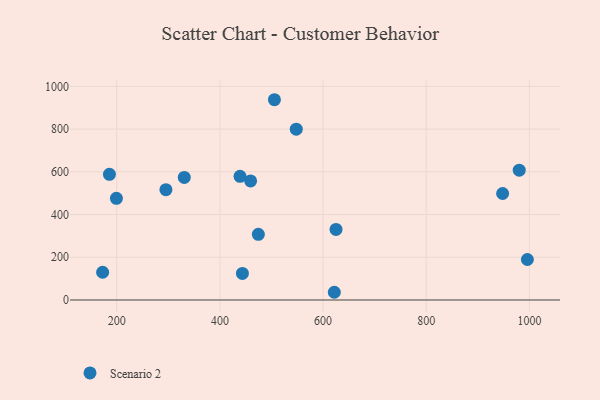
{"axis": {"x": "Investment", "y": "Salary"}, "legend": ["Scenario 2"], "data": [{"x": "199.3", "y": 475.8, "type": "Scenario 2"}, {"x": "548.0", "y": 799.4, "type": "Scenario 2"}, {"x": "185.8", "y": 588.2, "type": "Scenario 2"}, {"x": "996.1", "y": 189.6, "type": "Scenario 2"}, {"x": "621.8", "y": 36.1, "type": "Scenario 2"}, {"x": "330.9", "y": 573.9, "type": "Scenario 2"}, {"x": "295.3", "y": 516.5, "type": "Scenario 2"}, {"x": "980.3", "y": 607.7, "type": "Scenario 2"}, {"x": "172.6", "y": 129.8, "type": "Scenario 2"}, {"x": "505.7", "y": 937.5, "type": "Scenario 2"}, {"x": "625.1", "y": 330.4, "type": "Scenario 2"}, {"x": "948.1", "y": 498.6, "type": "Scenario 2"}, {"x": "443.6", "y": 124.3, "type": "Scenario 2"}, {"x": "459.5", "y": 557.5, "type": "Scenario 2"}, {"x": "474.5", "y": 307.5, "type": "Scenario 2"}, {"x": "439.0", "y": 578.7, "type": "Scenario 2"}]}